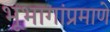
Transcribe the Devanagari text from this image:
भूभागांप्रमाणे